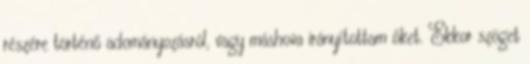
részére történő adományozásról, vagy máshova irányítottam őket. Ekkor szöget